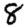
Digit: 8